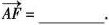
$$\overrightarrow{AF} =$$ ___.